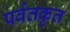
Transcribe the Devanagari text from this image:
पर्वतकृत